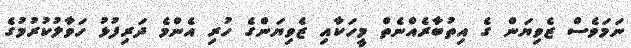
ނަމަވެސް ޒެވިޔަން ގެ އިތުބާރެއްނެތް މީހަކާއި ޒެވިޔަންގެ ހުރި އެންމެ ދަރިފުޅު ހަވާލުކުރުމުގެ